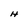
Character: H